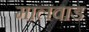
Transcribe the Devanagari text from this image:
मालवाड